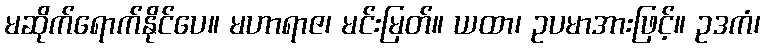
မဆိုက်ရောက်နိုင်ပေ။ မဟာရာဇ၊ မင်းမြတ်။ ယထာ၊ ဥပမာအားဖြင့်။ ဥဒကံ၊